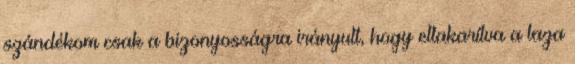
szándékom csak a bizonyosságra irányult, hogy eltakarítva a laza